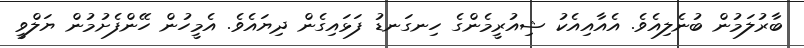
ބާރުލަމުން ބުނެލިއެވެ. އެއާއިއެކު ޝިއުރީމެންގެ ހިނގަނޑު ފަޅައިގެން ދިޔައެވެ. އެމީހުން ހޭންފެށުމުން ޔަލްވީ